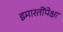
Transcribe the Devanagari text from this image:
इमारतींपेक्षा